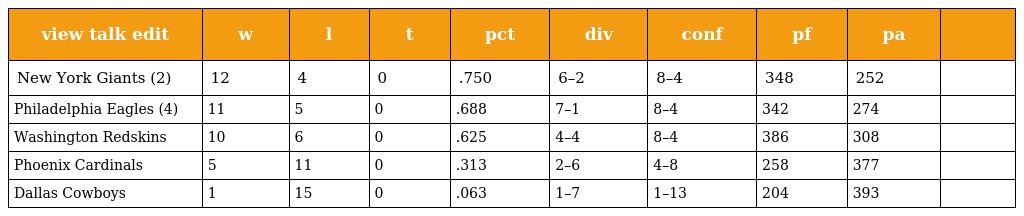
| view talk edit | w | l | t | pct | div | conf | pf | pa |  |
 | --- | --- | --- | --- | --- | --- | --- | --- | --- | --- |
 | New York Giants (2) | 12 | 4 | 0 | .750 | 6–2 | 8–4 | 348 | 252 |  |
 | Philadelphia Eagles (4) | 11 | 5 | 0 | .688 | 7–1 | 8–4 | 342 | 274 |  |
 | Washington Redskins | 10 | 6 | 0 | .625 | 4–4 | 8–4 | 386 | 308 |  |
 | Phoenix Cardinals | 5 | 11 | 0 | .313 | 2–6 | 4–8 | 258 | 377 |  |
 | Dallas Cowboys | 1 | 15 | 0 | .063 | 1–7 | 1–13 | 204 | 393 |  |